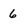
Character: 6